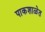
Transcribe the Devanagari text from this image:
पाकशाळेत